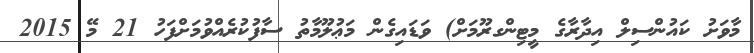
މާވަށު ކައުންސިލް އިދާރާގެ މީޓިންގރޫމަށް) ވަޑައިގެން މަޢުލޫމާތު ސާފުކުރެއްވުމަށްފަހު 21 މޭ 2015